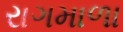
રાગમાળા